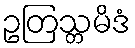
ဥတြသ္တမိဒံ